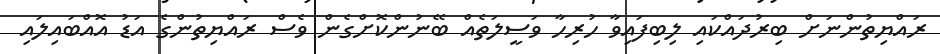
ރައްޔިތުންނަށް ބިރުދައްކައި ލިބިފައިވާ ހުރިހާ ވަސީލަތެއް ބޭނުންކޮށްގެން ވެސް ރައްޔިތުންގެ އަޑު އޮއްބައިލައި